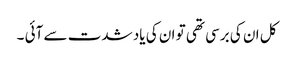
کل ان کی برسی تھی تو ان کی یاد شدت سے آئی ۔